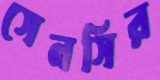
সেনসির